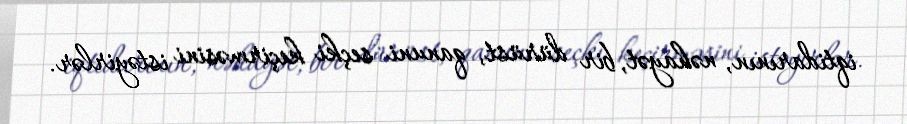
iqtidarının, nəhayət, bir dürüst, qanuni seçki keçirməsini istəyirlər.